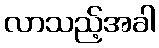
လာသည့်အခါ